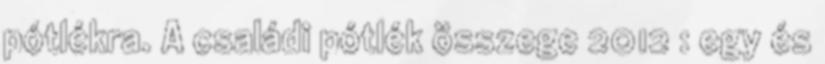
pótlékra. A családi pótlék összege 2012 : egy és